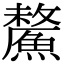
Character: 𩺸